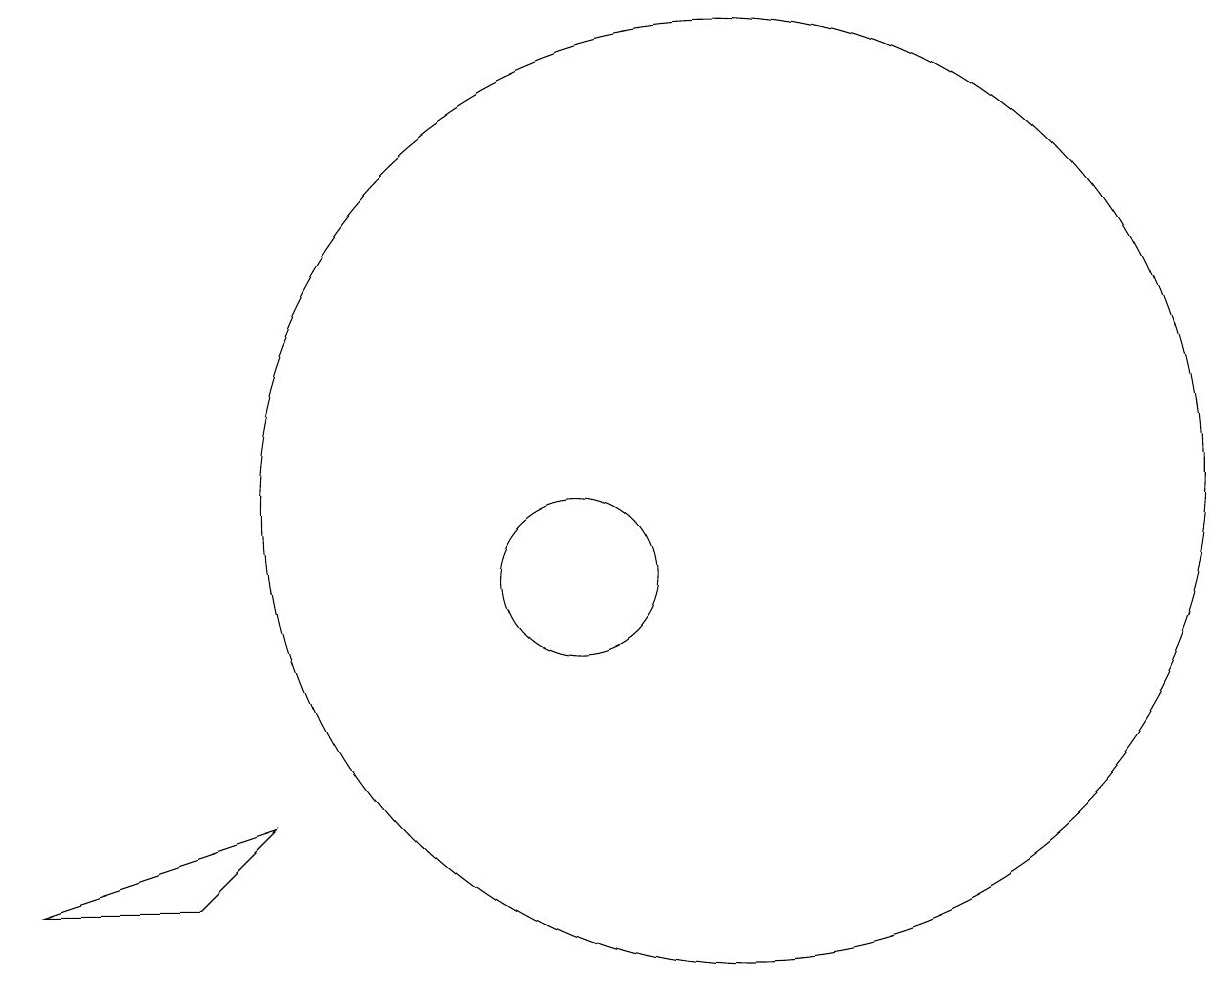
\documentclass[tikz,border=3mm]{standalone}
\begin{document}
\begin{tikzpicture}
\draw (12,11) circle (6);
\draw (3,6) -- (5,6) -- (6,7) -- cycle;
\draw (10,10) circle (1);
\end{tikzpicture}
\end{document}